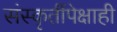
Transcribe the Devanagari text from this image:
संस्कृतींपेक्षाही